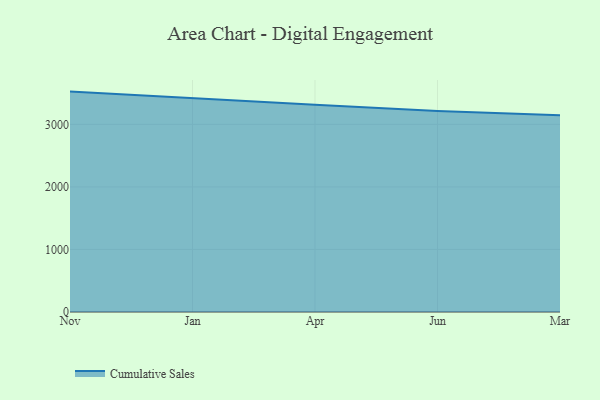
{"axis": {"x": "Month", "y": "Humidity (%)"}, "legend": ["Cumulative Sales"], "data": [{"x": "Nov", "y": 3523.8, "type": "Cumulative Sales"}, {"x": "Jan", "y": 3416.0, "type": "Cumulative Sales"}, {"x": "Apr", "y": 3315.0, "type": "Cumulative Sales"}, {"x": "Jun", "y": 3213.3, "type": "Cumulative Sales"}, {"x": "Mar", "y": 3147.4, "type": "Cumulative Sales"}]}